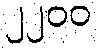
၂၂၀၀